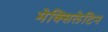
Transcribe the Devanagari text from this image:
मेक्सिलेटिन